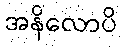
အနိလောပိ